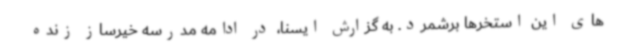
های این استخرها برشمرد. به گزارش ایسنا، در ادامه مدرسه خیرساز زنده